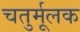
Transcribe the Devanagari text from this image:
चतुर्मूलक